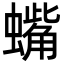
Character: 蟕